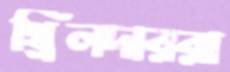
থ্রিলদাররা